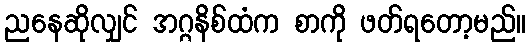
ညနေဆိုလျှင် အဂ္ဂနိစ်ထံက စာကို ဖတ်ရတော့မည်။